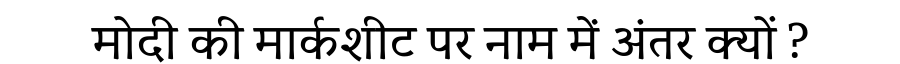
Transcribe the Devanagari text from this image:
मोदी की मार्कशीट पर नाम में अंतर क्यों ?